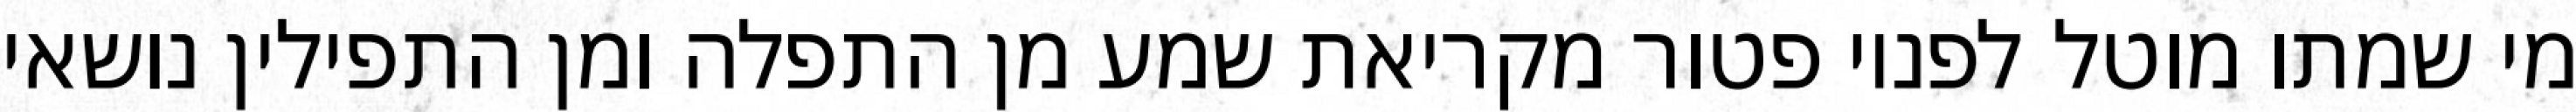
מי שמתו מוטל לפניו פטור מקריאת שמע מן התפלה ומן התפילין נושאי